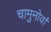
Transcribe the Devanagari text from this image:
चामुनोर्वा